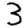
Digit: 3